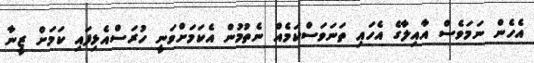
އެހެން ނަމަވެސް އާއިލާގެ އެހައި ތަނަވަސްކަމެއް ނެތުމުން އެކަމަށްވަނީ ހުރަސްއެޅިފައި ކަމަށް ޒީނާ